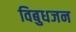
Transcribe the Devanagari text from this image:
विबुधजन